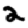
Digit: 2